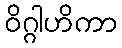
ဝိဂ္ဂါဟိကာ